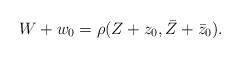
LaTeX: \begin{align*}W+w_0 = \rho(Z+z_0,\bar{Z}+\bar{z}_0) .\end{align*}